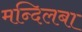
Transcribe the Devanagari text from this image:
मन्दिलबा